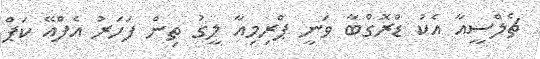
ޗެލްސީއާ އެކު ޑްރޮގްބާ ވަނީ ޕްރިމިއާ ލީގު ތިން ފަހަރު އެފްއޭ ކަޕް